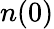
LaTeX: n(0)